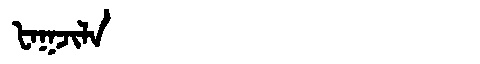
Manchu: ᡶᠠᡴᠵᡳᠯᠠ
Romanization: FAKJILA